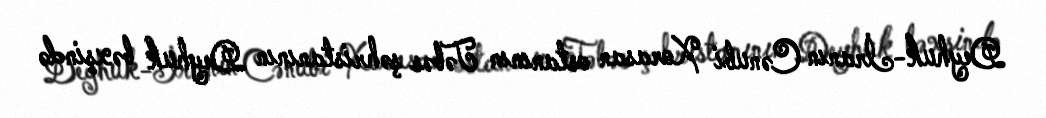
Deyhuk-İranın Cənubi Xorasan ostanının Təbəs şəhristanının Deyhuk bəxşində